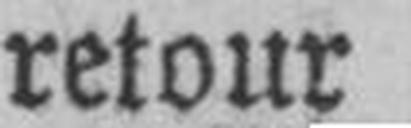
retour